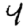
Digit: 4